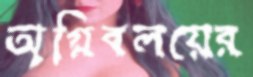
অগ্নিবলয়ের